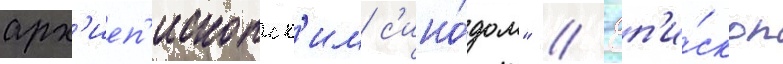
арх'иеп'ископск'им с'ино́дом" // Еп'и́скоп